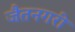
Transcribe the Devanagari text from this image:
जैतनगरी